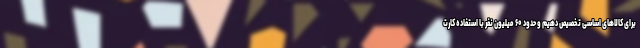
برای کالاهای اساسی تخصیص دهیم و حدود ۶۰ میلیون نفر با استفاده کارت